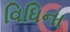
વિધિના